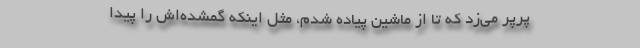
پَرپَر می‌زد که تا از ماشین پیاده شدم، مثل اینکه گمشده‌اش را پیدا